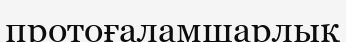
протоғаламшарлық